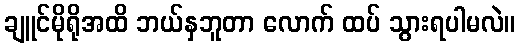
ချူင်မိုရိုအထိ ဘယ်နှဘူတာ လောက် ထပ် သွားရပါမလဲ။